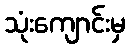
သုံးကျောင်းမှ